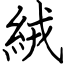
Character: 絨